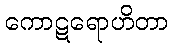
ကောဋရောဟိတာ